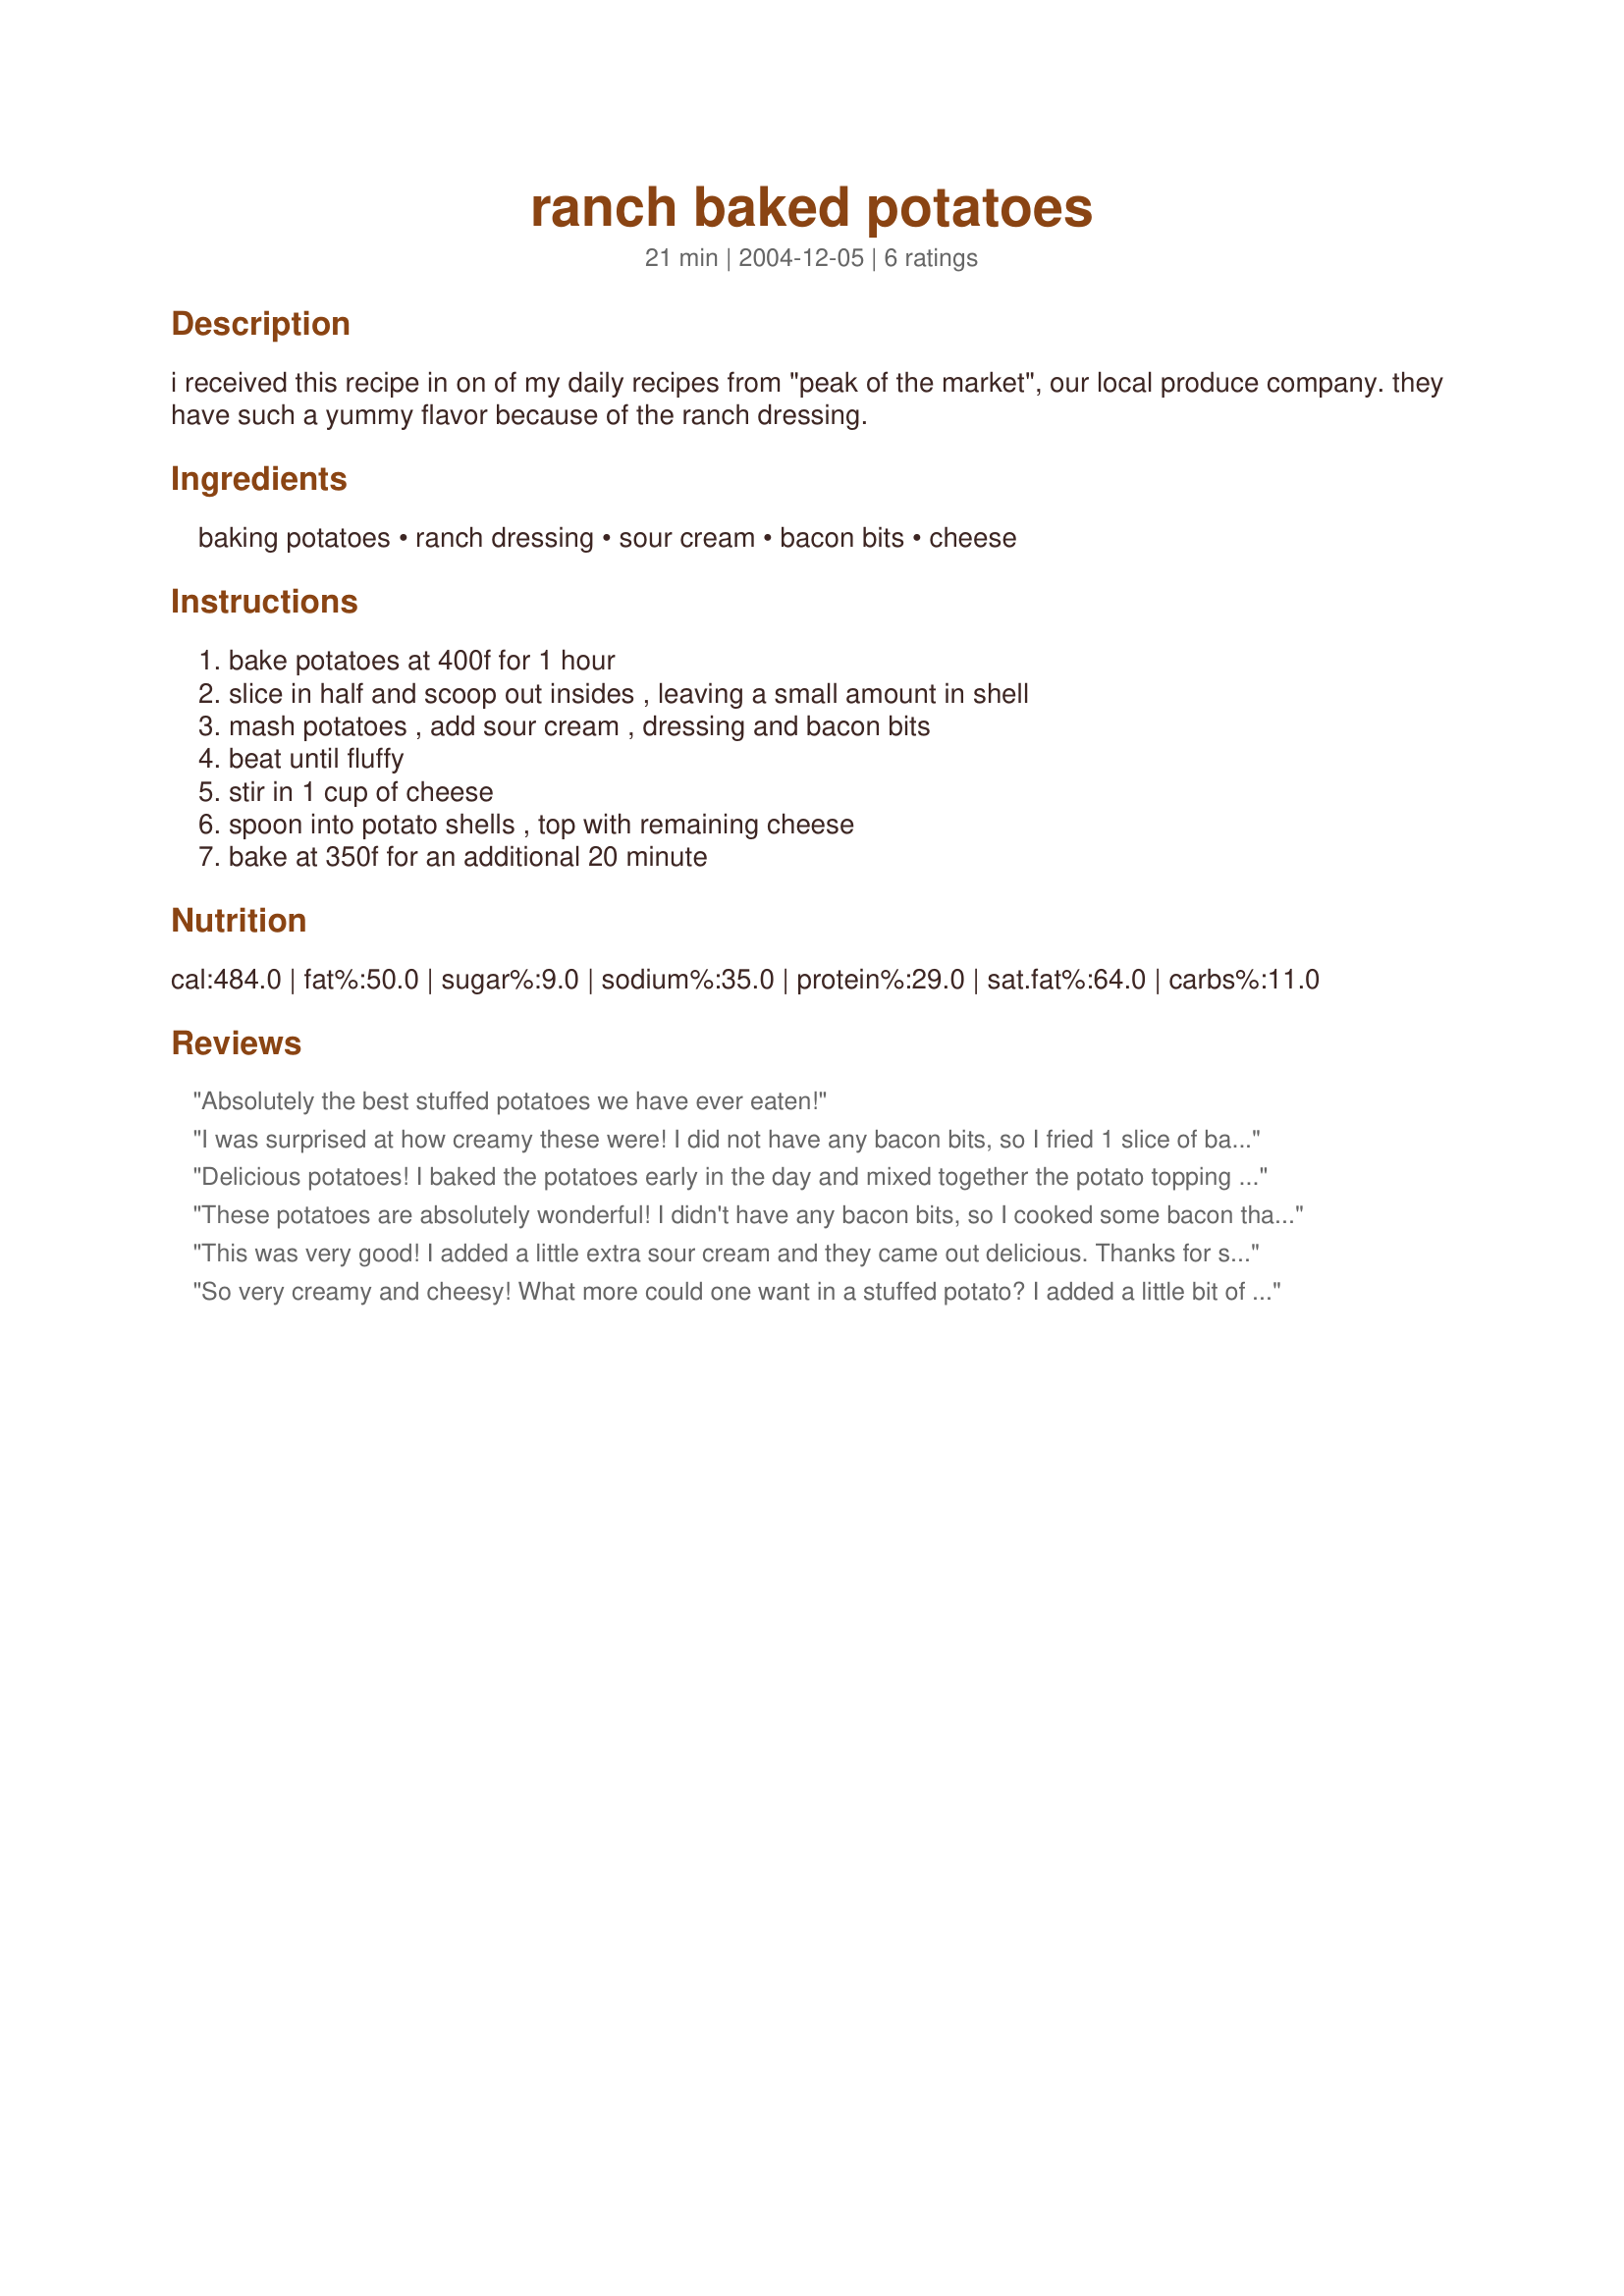
ranch baked potatoes
Preparation time: 21 minutes

i received this recipe in on of my daily recipes from "peak of the market", our local produce company. they have such a yummy flavor because of the ranch dressing.

Ingredients:
baking potatoes, ranch dressing, sour cream, bacon bits, cheese

Steps:
bake potatoes at 400f for 1 hour, slice in half and scoop out insides , leaving a small amount in shell, mash potatoes , add sour cream , dressing and bacon bits, beat until fluffy, stir in 1 cup of cheese, spoon into potato shells , top with remaining cheese, bake at 350f for an additional 20 minute

Reviews:
Absolutely the best stuffed potatoes we have ever eaten!
I was surprised at how creamy these were! I did not have any bacon bits, so I fried 1 slice of bacon until crispy then crumbled that into the potato mixture. I also added some chives. I will be making these again!
Delicious potatoes! I baked the potatoes early in the day and mixed together the potato topping and put it in the fridge. While the rest of my dinner was cooking I mashed the potatoes and mixed in the topping and stuck then in the oven to heat them. I added equal amounts of ranch dressing and sour cream and also mixed in some fresh ground black pepper. My DH told me I could make this again! Thanks for posting your recipe Melanie!
These potatoes are absolutely wonderful! I didn't have any bacon bits, so I cooked some bacon that I had on hand. They turned out perfectly. I had never made twice baked potatoes until these and now they'll become a staple in our house. Thanks so much for sharing, Mel.
This was very good! I added a little extra sour cream and they came out delicious. Thanks for sharing!
So very creamy and cheesy! What more could one want in a stuffed potato? I added a little bit of chives to my filling and it was very nice. My daughter asked for seconds, and she rarely does that with anything. Thanks for posting!
